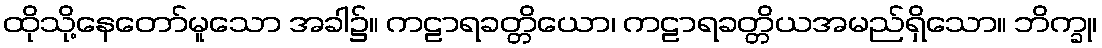
ထိုသို့နေတော်မူသော အခါ၌။ ကဠာရခတ္တိယော၊ ကဠာရခတ္တိယအမည်ရှိသော။ ဘိက္ခု၊